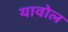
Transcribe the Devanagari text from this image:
यावोल